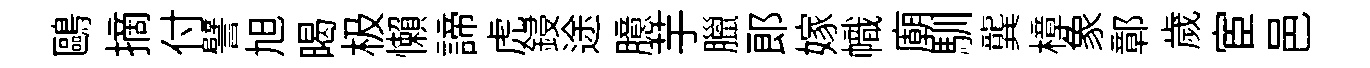
鷗摘付譬旭暍极懶諦虎鋟途臆芋臘郎嫁幟廟馴龔樟象鄣歲宦邑